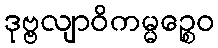
ဒုဗ္ဗလျာဝိကမ္မဉ္စေဝ